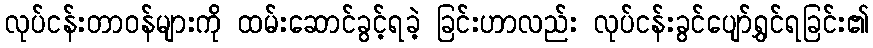
လုပ်ငန်းတာဝန်များကို ထမ်းဆောင်ခွင့်ရခဲ့ ခြင်းဟာလည်း လုပ်ငန်းခွင်ပျော်ရွှင်ရခြင်း၏